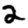
Digit: 2